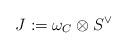
LaTeX: \begin{align*}J:=\omega_C\otimes S^\vee\end{align*}